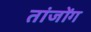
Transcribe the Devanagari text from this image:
तांजोंग